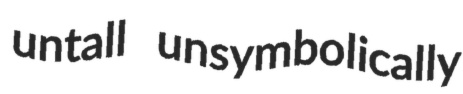
untall unsymbolically